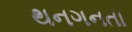
થનગનતા